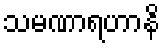
သမဏာရဟာနိ